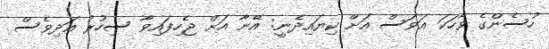
ހުސެންގެ ވާހަކަ އަވަސް އަށް ކިޔައިދެނީ: އޭނާ އަށް ޖެހިފައިވާ ސިހުރު އަދިވެސް